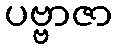
ပဗ္ဗာဇာ